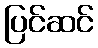
ပြင်ဆင်